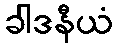
ခါဒနီယံ